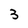
Character: 3